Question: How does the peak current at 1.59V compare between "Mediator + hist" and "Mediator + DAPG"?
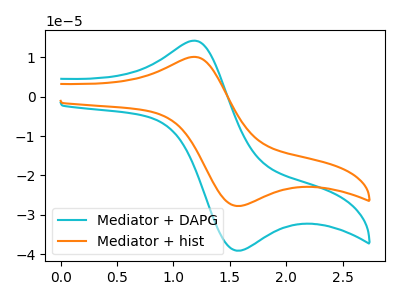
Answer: <think>The cyan curve "Mediator + DAPG" has an anodic peak at (1.15V, 14.15uA) and a cathodic peak at (1.60V, -39.05uA). The orange curve "Mediator + hist" has an anodic peak at (1.15V, 10.05uA) and a cathodic peak at (1.60V, -27.75uA).</think>
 <answer>The peak at 1.59V is lower in "Mediator + hist" than in "Mediator + DAPG".</answer>
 <eval>lower</eval>